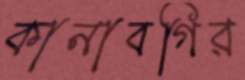
কানাবগির